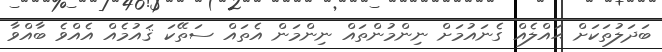
ބަދަލުތަކަށް ޙައްލެއް ގެނައުމަށް ނިންމުންތައް ނިންމަން އެތައް ސަތޭކަ ޤައުމެއް އެއްވެ ބާއްވާ